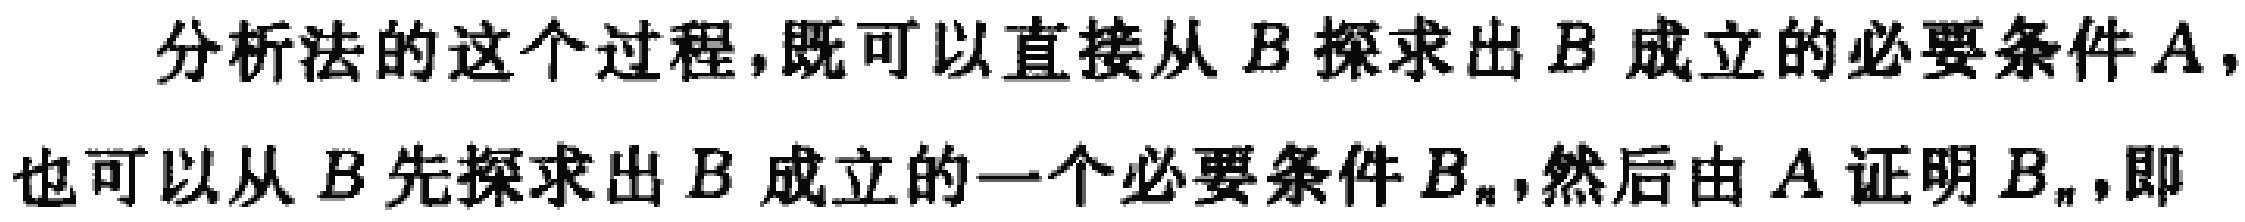
分析法的这个过程,既可以直接从 \(B\) 探求出 \(B\) 成立的必要条件 \(A\),也可以从 \(B\) 先探求出 \(B\) 成立的一个必要条件 \(B_{n}\),然后由 \(A\) 证明 \(B_{n}\),即